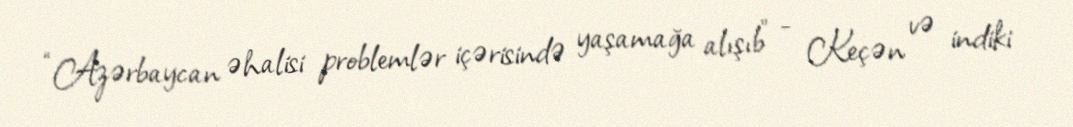
“Azərbaycan əhalisi problemlər içərisində yaşamağa alışıb” - Keçən və indiki